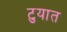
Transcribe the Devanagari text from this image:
टुयात